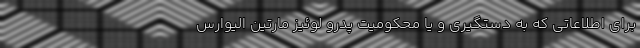
برای اطلاعاتی که به دستگیری و یا محکومیت پدرو لوئیز مارتین الیوارس